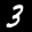
Label: 3